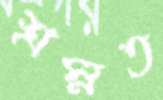
শ্রম্নত